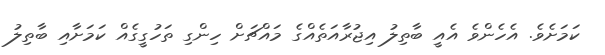
ކަމަށެވެ. އެހެންވެ އެއީ ބާތިލު އިޖުރާއަތެއްގެ މައްޗަށް ހިންގި ތަހުގީގެއް ކަމަށާއި ބާތިލު